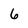
Character: 6